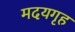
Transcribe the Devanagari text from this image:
मदयगृह